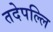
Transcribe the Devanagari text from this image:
तदेपल्लि